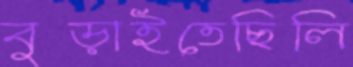
বুড়াইতেছিলি